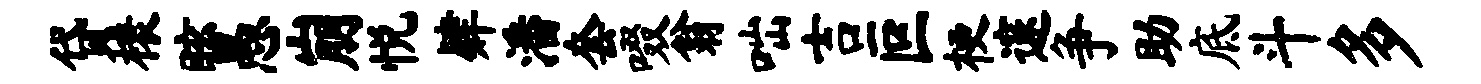
贷榱眩愚崩悦肄潘套啜翁咄吉叵梗邃争助底斗多